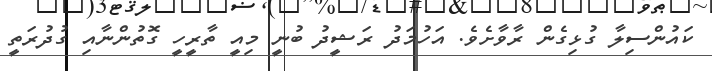
ކައުންސިލާ ގުޅިގެން ރާވާށެވެ. އަހުމަދު ރަޝީދު ބުނީ މިއީ ތާރީހީ ގޮތުންނާއި ގުދުރަތީ